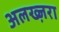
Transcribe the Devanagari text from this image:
अलख्ज़रा